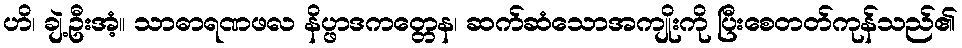
ဟိ၊ ချဲ့ဦးအံ့။ သာဓာရဏဖလ နိပ္ဖာဒကတ္တေန၊ ဆက်ဆံသောအကျိုးကို ပြီးစေတတ်ကုန်သည်၏